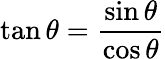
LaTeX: \tan\theta={\frac{\sin\theta}{\cos\theta}}